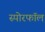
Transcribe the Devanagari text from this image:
स्पोरफॉल